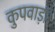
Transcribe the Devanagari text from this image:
कुपवाड़ा।